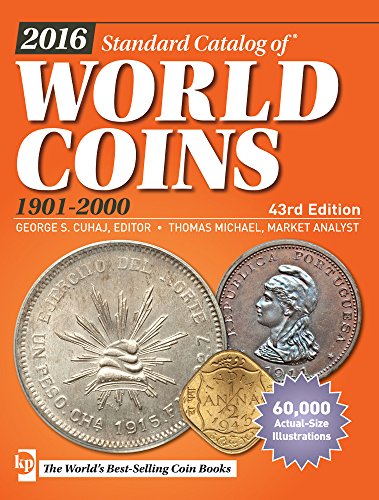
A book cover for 2016 Standard Catalog of World Coins 1901-2000; Crafts, Hobbies & Home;